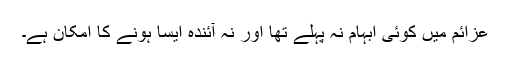
عزائم میں کوئی ابہام نہ پہلے تھا اور نہ آئندہ ایسا ہونے کا امکان ہے۔